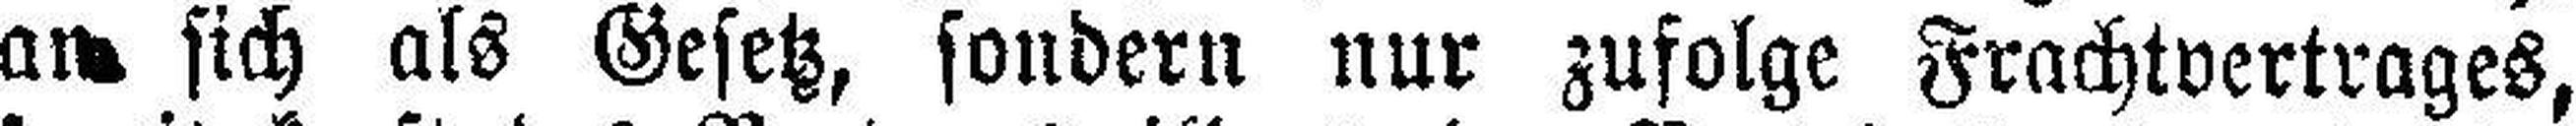
an sich als Gesetz, sondern nur zufolge Frachtvertrages,